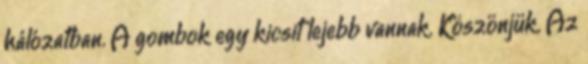
hálózatban. A gombok egy kicsit lejebb vannak. Köszönjük. Az